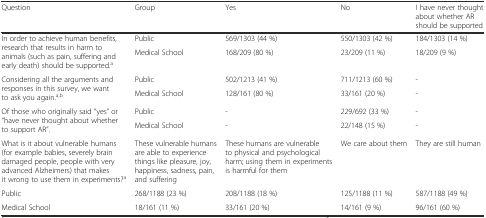
| Question | Group | Yes | No | I have never thought about whether AR should be supported |
 | --- | --- | --- | --- | --- |
 | <ROWSPAN=2> In order to achieve human benefits, research that results in harm to animals (such as pain, suffering and early death) should be supported.a | Public | 569/1303 (44 %) | 550/1303 (42 %) | 184/1303 (14 %) |
 | Medical School | 168/209 (80 %) | 23/209 (11 %) | 18/209 (9 %) |
 | <ROWSPAN=2> Considering all the arguments and responses in this survey, we want to ask you again.a,b | Public | 502/1213 (41 %) | 711/1213 (60 %) | - |
 | Medical School | 128/161 (80 %) | 33/161 (20 %) | - |
 | <ROWSPAN=2> Of those who originally said “yes” or “have never thought about whether to support AR”. | Public | - | 229/692 (33 %) | - |
 | Medical School | - | 22/148 (15 %) | - |
 | What is it about vulnerable humans (for example babies, severely brain damaged people, people with very advanced Alzheimers) that makes it wrong to use them in experiments?a | These vulnerable humans are able to experience things like pleasure, joy, happiness, sadness, pain, and suffering | These humans are vulnerable to physical and psychological harm; using them in experiments is harmful for them | We care about them | They are still human |
 | Public | 268/1188 (23 %) | 208/1188 (18 %) | 125/1188 (11 %) | 587/1188 (49 %) |
 | Medical School | 18/161 (11 %) | 33/161 (20 %) | 14/161 (9 %) | 96/161 (60 %) |